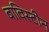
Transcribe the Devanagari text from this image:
बाविस्टीन